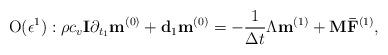
LaTeX: \begin{align*}{\rm O}(\epsilon ^1):\rho c_v {\bf{I}} \partial_ {t_1}{{{\bf{ m}}}}^{(0)}+{\bf{d}}_{1}{{{\bf{ m}}}}^{(0)}=-\frac{1}{\Delta t} {\Lambda}{{{\bf{ m}}}} ^{(1)} + {{{\bf{ M}}}}{{{\bf{ \bar F}}}}^{(1)}, \end{align*}